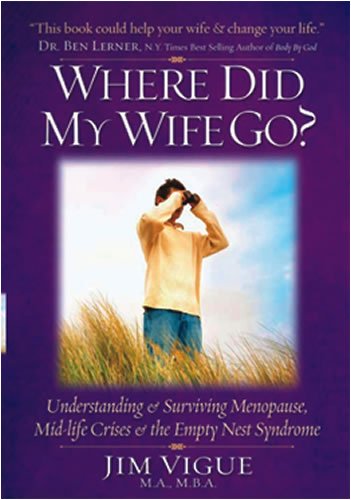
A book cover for Where Did My Wife Go? Understanding & Surviving Menopause, Mid-Life Crises & the Empty Nest Syndrome; Jim Vigue; Health, Fitness & Dieting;